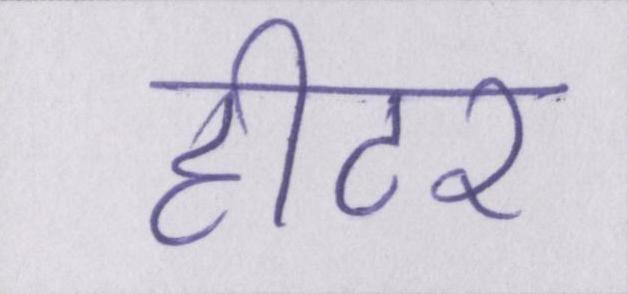
हीटर